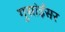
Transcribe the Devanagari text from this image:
गुसांईंसर